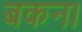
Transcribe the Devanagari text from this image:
बकना